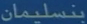
بنسلیمان